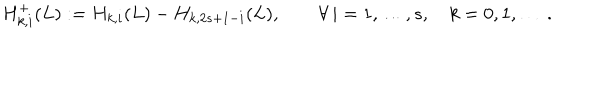
H _ { k , i } ^ { + } ( L ) : = H _ { k , i } ( L ) - H _ { k , 2 s + 1 - i } ( L ) , \qquad \forall \, i = 1 , \ldots , s , \quad k = 0 , 1 , \ldots \, .